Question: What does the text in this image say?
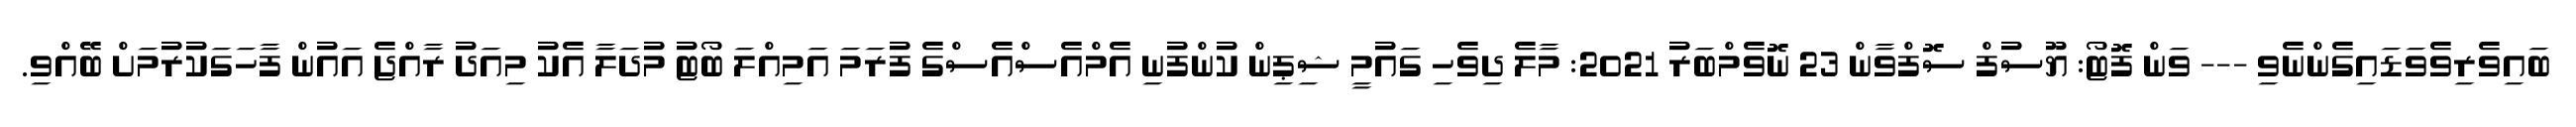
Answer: ބައިވެރިވެވަޑައިގެންނެވި --- ވަން ފޮޓޯ: ޔޫސުފް ސޮފްވާން 23 ނޮވެމްބަރު 2021: މާލެ ދިވެހި ގައުމީ ޝިޕިން ކުންފުނި އެމްއެސްއެސްގެ ފުރަމަ އަމިއްލަ ބޯޓު މުދަލާ އެކު މިއަދު ރާއްޖެ އައުން ފާހަގަކުރުމަށް ބޭއްވި.